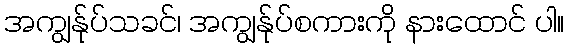
အကျွန်ုပ်သခင်၊ အကျွန်ုပ်စကားကို နားထောင် ပါ။